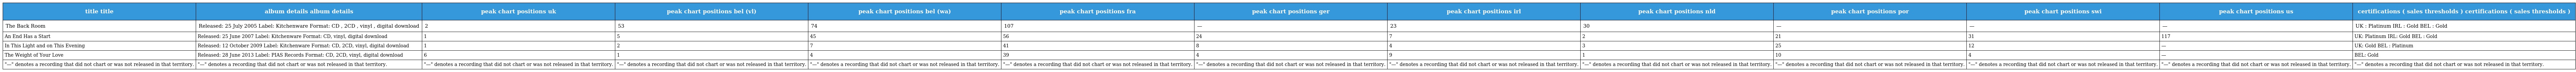
| title title | album details album details | peak chart positions uk | peak chart positions bel (vl) | peak chart positions bel (wa) | peak chart positions fra | peak chart positions ger | peak chart positions irl | peak chart positions nld | peak chart positions por | peak chart positions swi | peak chart positions us | certifications ( sales thresholds ) certifications ( sales thresholds ) |
 | --- | --- | --- | --- | --- | --- | --- | --- | --- | --- | --- | --- | --- |
 | The Back Room | Released: 25 July 2005 Label: Kitchenware Format: CD , 2CD , vinyl , digital download | 2 | 53 | 74 | 107 | — | 23 | 30 | — | — | — | UK : Platinum IRL : Gold BEL : Gold |
 | An End Has a Start | Released: 25 June 2007 Label: Kitchenware Format: CD, vinyl, digital download | 1 | 5 | 45 | 56 | 24 | 7 | 2 | 21 | 31 | 117 | UK: Platinum IRL: Gold BEL : Gold |
 | In This Light and on This Evening | Released: 12 October 2009 Label: Kitchenware Format: CD, 2CD, vinyl, digital download | 1 | 2 | 7 | 41 | 8 | 4 | 3 | 25 | 12 | — | UK: Gold BEL : Platinum |
 | The Weight of Your Love | Released: 28 June 2013 Label: PIAS Records Format: CD, 2CD, vinyl, digital download | 6 | 1 | 4 | 39 | 4 | 9 | 1 | 10 | 4 | — | BEL: Gold |
 | "—" denotes a recording that did not chart or was not released in that territory. | "—" denotes a recording that did not chart or was not released in that territory. | "—" denotes a recording that did not chart or was not released in that territory. | "—" denotes a recording that did not chart or was not released in that territory. | "—" denotes a recording that did not chart or was not released in that territory. | "—" denotes a recording that did not chart or was not released in that territory. | "—" denotes a recording that did not chart or was not released in that territory. | "—" denotes a recording that did not chart or was not released in that territory. | "—" denotes a recording that did not chart or was not released in that territory. | "—" denotes a recording that did not chart or was not released in that territory. | "—" denotes a recording that did not chart or was not released in that territory. | "—" denotes a recording that did not chart or was not released in that territory. | "—" denotes a recording that did not chart or was not released in that territory. |